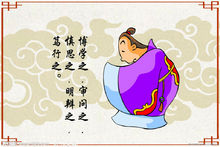
有弗学，学之弗能，弗措也。有弗问，问之弗知，弗措也。有弗思，思之弗得，弗措也。有弗辨，辨之弗明，弗措